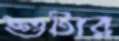
শুটার